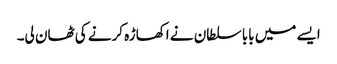
ایسے میں بابا سلطان نے اکھاڑہ کرنے کی ٹھان لی۔